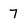
Character: 7